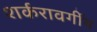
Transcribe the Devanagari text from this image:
शर्करावर्गीय